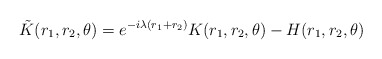
\begin{align*}\tilde{K}(r_1,r_2,\theta) =e^{-i\lambda(r_1+r_2)} K(r_1,r_2,\theta) -H(r_1,r_2,\theta)\end{align*}